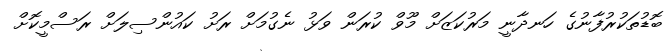
ބޮޑުތަކުރުފާނުގެ ހަނދާނީ މަރުކަޒަށް މޫވް ކުރަން ވަޅު ނެގުމަށް ރަށު ކައުންސިލަށް ރަސްމީކޮށް